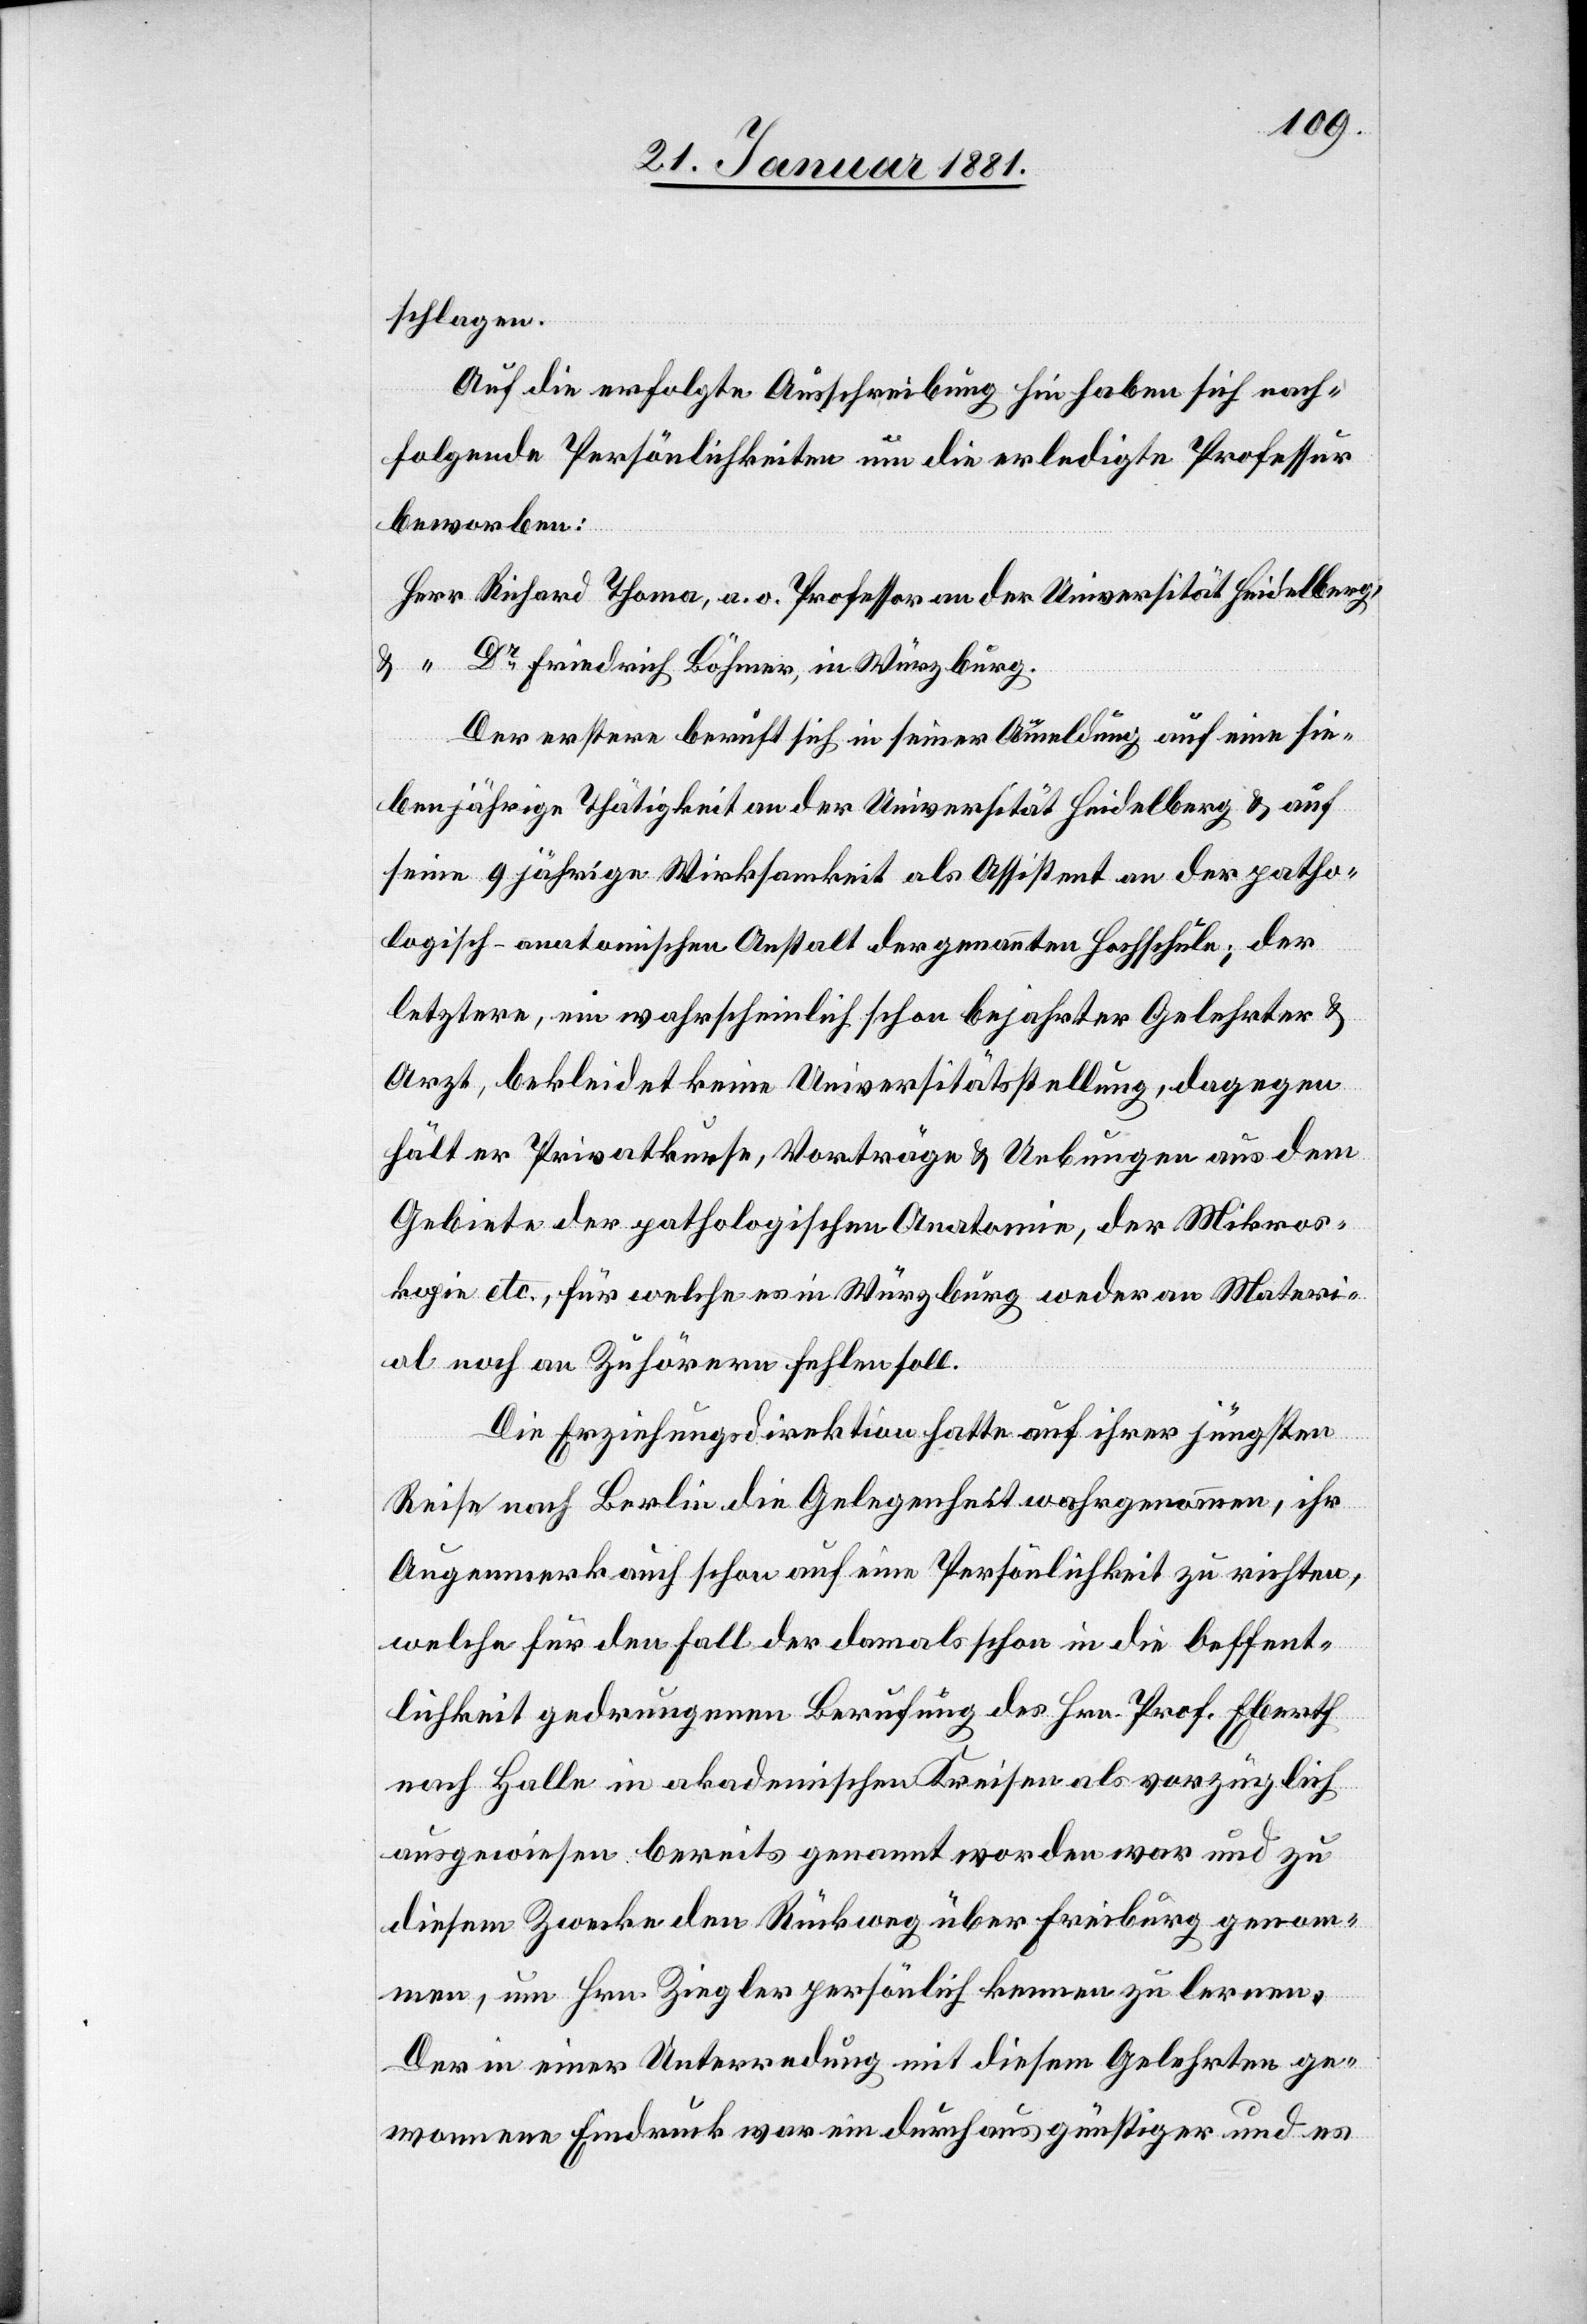
schlagen.
Auf die erfolgte Ausschreibung hin haben sich noch
folgende Persönlichkeiten um die erledigte Professur
beworben:
Herr Richard Thoma, a. o. Professor an der Universität Heidelberg,
“ Dr Friedrich Böhmer, in Würzburg.
Der erstere beruft sich in seiner Anmeldung auf eine sie¬
benjährige Thätigkeit an der Universität Heidelberg & auf
seine 9 jährige Wirksamkeit als Assistent an der patho¬
logisch-anatomischen Anstalt der genannten Hochschule; der
letztere ein wahrscheinlich schon bejahrter Gelehrter &
Arzt, bekleidet keine Universitätsstellung, dagegen
hält er Privatkurse, Vorträge & Uebungen aus dem
Gebiete der pathologischen Anatomie, der Mikros¬
kopie etc., für welche es in Würzburg weder an Materi¬
al noch an Zuhörern fehlen soll.
Die Erziehungsdirektion hatte auf ihrer jüngsten
Reise nach Berlin die Gelegenheit wahrgenommen, ihr
Augenmerk auch schon auf eine Persönlichkeit zu richten,
welche für den Fall der damals schon in die Oeffent¬
lichkeit gedrungenen Berufung des Hrn. Prof. Eberth
nach Halle in akademischen Kreisen als vorzüglich
ausgewiesen bereits genannt worden war und zu
diesem Zwecke den Rückweg über Freiburg genom¬
men, um Hrn. Ziegler persönlich kennenzulernen.
Der in einer Unterredung mit diesem Gelehrten ge¬
wonnene Eindruck war ein durchaus günstiger und es